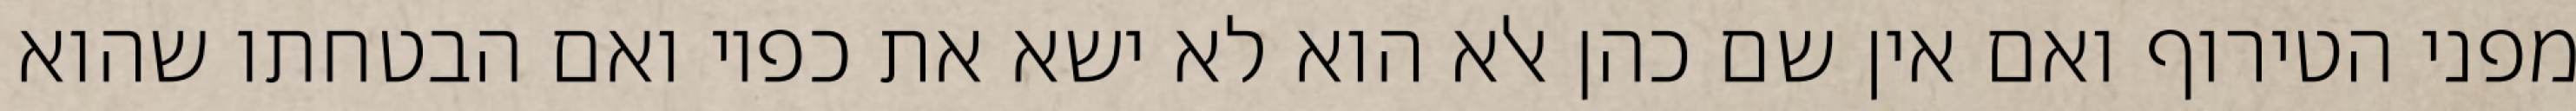
מפני הטירוף ואם אין שם כהן אלא הוא לא ישא את כפיו ואם הבטחתו שהוא